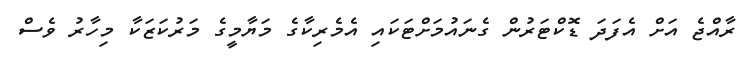
ރާއްޖެ އަށް އެފަދަ ޑޮކްޓަރުން ގެނައުމަށްޓަކައި އެމެރިކާގެ މަޔާމީގެ މަރުކަޒަކާ މިހާރު ވެސް